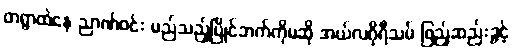
တရွာထဲနေ ညာဏ်ဝင်း မည်သည့်ပြိုင်ဘက်ကိုမဆို အယ်လဂိုရီသမ် ဖြည့်ဆည်းခွင့်